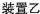
A│24℃│23℃